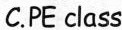
C.PE class